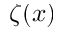
\zeta ( x )